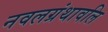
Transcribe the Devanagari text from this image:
नवलग्रंथावलि